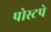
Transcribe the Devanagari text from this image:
पोस्टपे